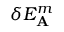
\delta E _ { \mathbf { A } } ^ { m }